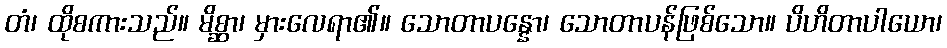
တံ၊ ထိုစကားသည်။ မိစ္ဆာ၊ မှားလေရာ၏။ သောတာပန္နော၊ သောတာပန်ဖြစ်သော။ ပိဟိတာပါယော၊